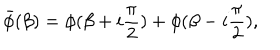
\bar { \phi } ( \beta ) = \phi ( \beta + i { \frac { \pi } { 2 } } ) + \phi ( \beta - i { \frac { \pi } { 2 } } ) ,